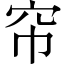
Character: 帘